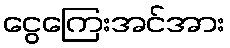
ငွေကြေးအင်အား